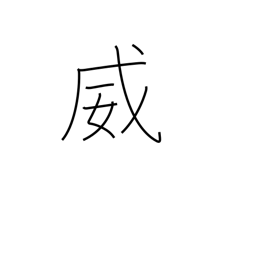
Meaning: threaten